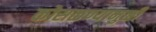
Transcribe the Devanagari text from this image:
कोसळण्यामुळीं